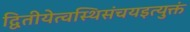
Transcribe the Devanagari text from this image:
द्वितीयेत्वस्थिसंचयइत्युक्तं